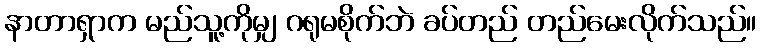
နာတာရှာက မည်သူ့ကိုမျှ ဂရုမစိုက်ဘဲ ခပ်တည် တည်မေးလိုက်သည်။